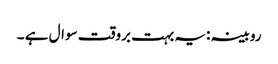
روبینہ :یہ بہت بروقت سوال ہے ۔